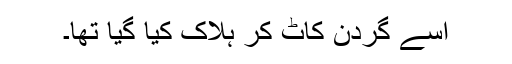
اسے گردن کاٹ کر ہلاک کیا گیا تھا۔